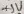
Text: +5V